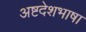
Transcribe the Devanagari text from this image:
अष्टदेशभाषा